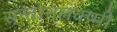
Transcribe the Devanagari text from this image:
सन्तानलक्ष्मी